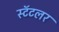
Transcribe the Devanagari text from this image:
स्टॅटलर